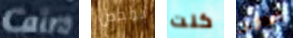
Cairo بمحض كنت ألفاريز